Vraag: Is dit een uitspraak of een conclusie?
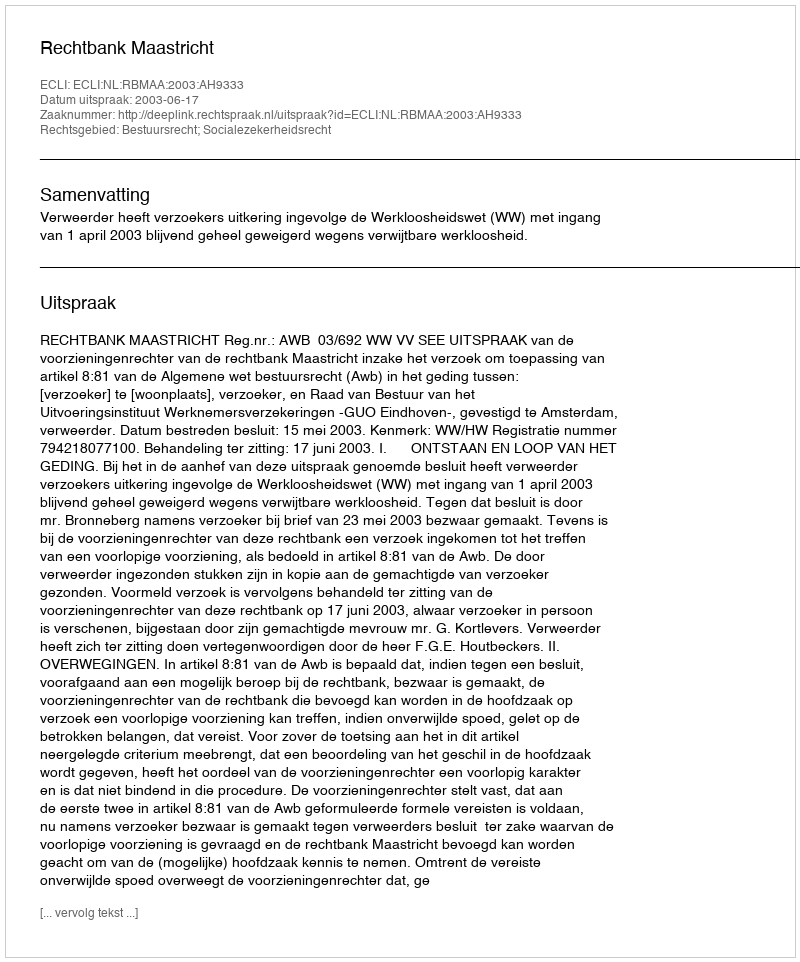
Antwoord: Uitspraak